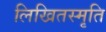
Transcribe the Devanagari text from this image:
लिखितस्मृति